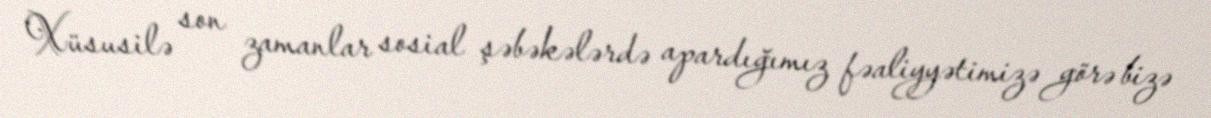
Xüsusilə son zamanlar sosial şəbəkələrdə apardığımız fəaliyyətimizə görə bizə